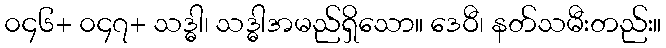
၀၄၆+ ၀၄၇+ သဒ္ဓါ၊ သဒ္ဓါအမည်ရှိသော။ ဒေဝီ၊ နတ်သမီးတည်း။